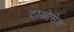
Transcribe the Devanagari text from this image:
टाओसेक